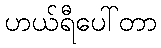
ဟယ်ရီပေါ်တာ